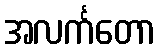
အလင်္ကတော